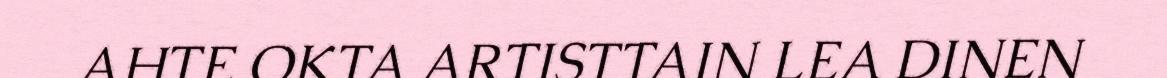
AHTE OKTA ARTISTTAIN LEA DINEN